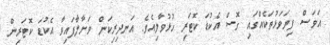
އަވަސް ފިޔަވަޅުތަކެއްގައި ގޮސް އެކުޑަ ކޮޓަރި ހުޅުވާލިއެވެ. އަނދިރިކަން ވަށާލާފައިވާ އެކުޑަ ކޮޓަރިން